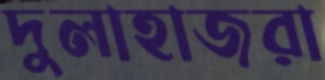
দুলাহাজরা